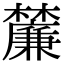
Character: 𭬴